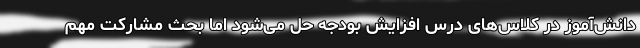
دانش‌آموز در کلاس‌های درس افزایش بودجه حل می‌شود اما بحث مشارکت مهم